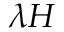
\lambda H